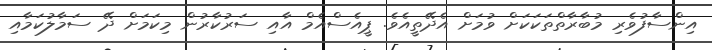
އިންސާފުވެރި މުބާރާތްތަކަކަށް ވުމަށް އެދޭތީއެވެ. ޕީއެސްއެމް އާއި ސަރުކާރުން މިކަމަށް ދޭ ސަމާލުކަމާއި